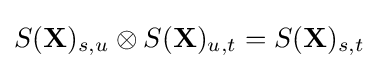
S(\mathbf {X} )_{s,u}\otimes S(\mathbf {X} )_{u,t}=S(\mathbf {X} )_{s,t}